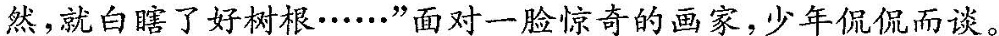
然就白瞎了好树根······面对一脸惊奇的画家，少年侃侃而谈